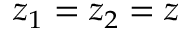
z _ { 1 } = z _ { 2 } = z